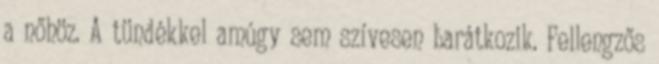
a nőhöz. A tündékkel amúgy sem szívesen barátkozik. Fellengzős